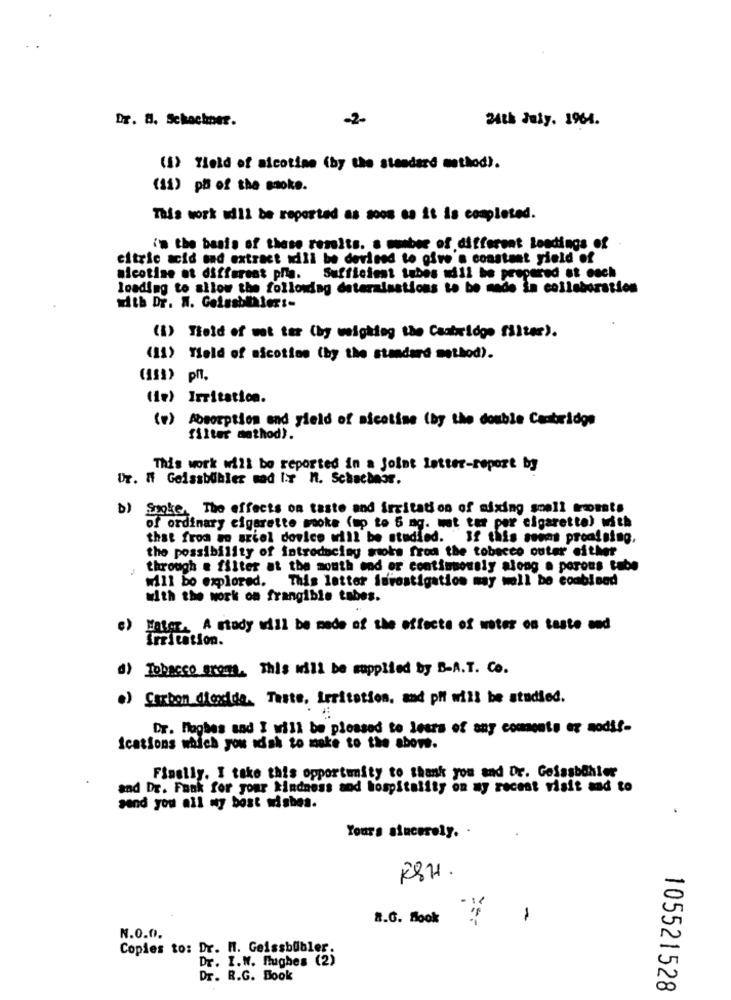
Dr. 8. Schachner.
-2-
24th July. 1964.
(1) field of nicotine (by the standard method).
(11) ph of the smoke.
This work udll be reported as soon as it is completed.
in the basis of these results. s munber of different loadings of
citric acid and extract will be devised to give'n constant yield of
nicotine ot different phia. Sufficient tubes will be prepared at each
loading to allow the following deteralsstions to be made in collaboration
with Dr. W. Goiasbthler :-
(1) Theid of wat ter (by weighting the Cambridge filter).
(11) Yield of nicotine (by the standard method).
(112) pr.
(ie) Irritation.
(v) Absorption and yield of nicotine (by the double Cambridge
filter method).
This work will be reported in a joint letter-report by
Ur. If Geissbibler sad Ir n. Schachmor.
b) Smoke. The effects on taste and irritation of mixing small tomate
of ordinary cigarette mooke (up to 5 mg. wt ter per cigarette) with
that from mn ariel dovice will be studied. If this seems proofsing,
the possibility of introducing stoks from the tobacco outer either
through a filter at the mouth end or continuously along a porous tube
This latter furostigation may well be combined
will bo explored.
with the work on frangible tabes.
Maler. A study will be made of the effects of water on taste and
Irritation.
d) Tobacco arom. This will be supplied by B-A.T. Co.
.) Carbon dicedda. Taste, Irritation. and phi will be studied.
Dr. Maghes and I will be pleased to lesra of any coments er modif-
Ications which you wish to make to the above.
Finally. I take this opportunity to thank you and Dr. Gelasbihler
and Dr. Fank for your kindness and hospitality on my recent visit and to
send you all my best wishes.
Yours sincerely. .
RSH .
R.G. Book
-
N.0.0.
Copies to: Dr. H. Geissbubler.
Dr. I.W. Hughes (2)
Dr. R.G. Book
105521528